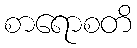
စာရောစတိ